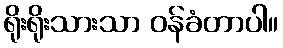
ရိုးရိုးသားသာ ဝန်ခံတာပါ။